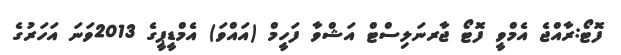
ފޮޓޯ:ރާއްޖެ އެމްވީ ފޮޓޯ ޖާރނަލިސްޓް އަޝްވާ ފަހީމް (އައްވަ) އެމްޑީޕީގެ 2013ވަނަ އަހަރުގެ